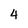
Character: 4